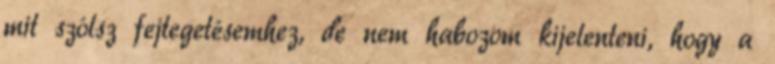
mit szólsz fejtegetésemhez, de nem habozom kijelenteni, hogy a